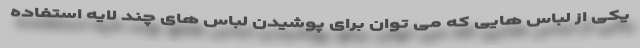
یکی از لباس هایی که می توان برای پوشیدن لباس های چند لایه استفاده